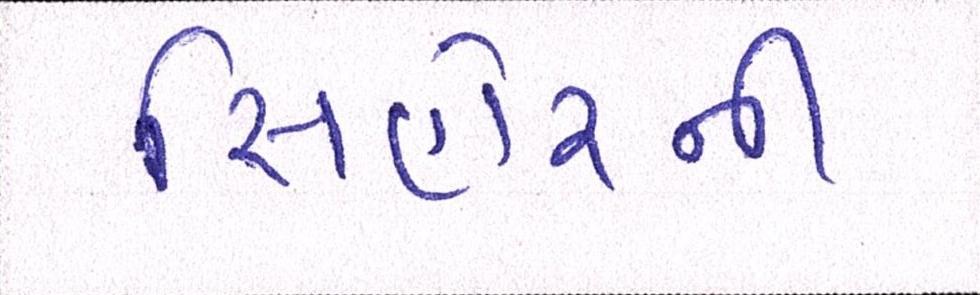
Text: સિહોરની